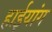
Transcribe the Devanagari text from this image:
हाईयांग